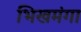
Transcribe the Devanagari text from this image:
भिखमंगा